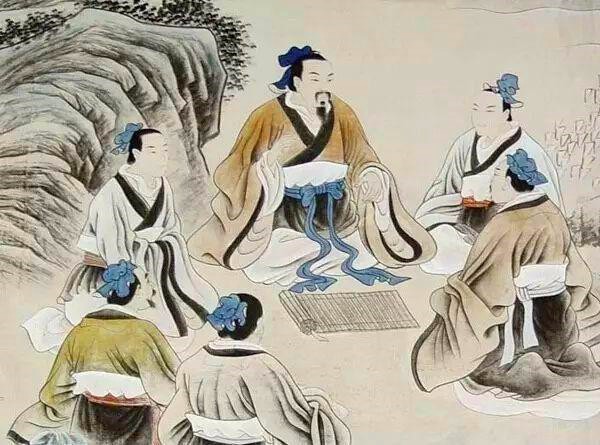
故声闻过情，君子耻之。